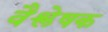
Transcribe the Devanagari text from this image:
वैश्लेषक